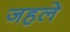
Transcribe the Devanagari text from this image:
जहले